Source: Computer-generated
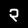
Digit: ၃ (3)